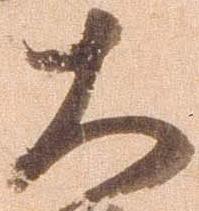
大